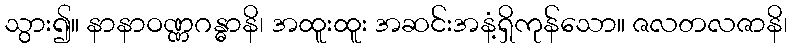
သွား၍။ နာနာဝဏ္ဏဂန္ဓာနိ၊ အထူးထူး အဆင်းအနံ့ရှိကုန်သော။ ဇလတလဇာနိ၊